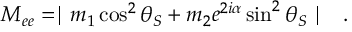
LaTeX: M _ { e e } = \mid m _ { 1 } \cos ^ { 2 } \theta _ { S } + m _ { 2 } e ^ { 2 i \alpha } \sin ^ { 2 } \theta _ { S } \mid \ \ .